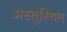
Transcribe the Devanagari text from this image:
अस्तुरियन